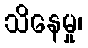
သိနေမှု၊